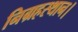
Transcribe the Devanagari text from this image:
निग्रहस्थान।